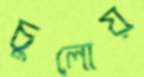
চুলোয়